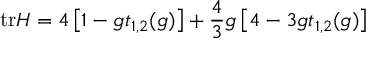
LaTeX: \mathrm { t r } H = 4 \left[ 1 - g t _ { 1 , 2 } ( g ) \right] + \frac { 4 } { 3 } g \left[ 4 - 3 g t _ { 1 , 2 } ( g ) \right]